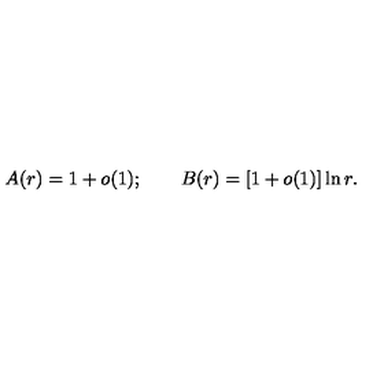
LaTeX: A ( r ) = 1 + o ( 1 ) ; \qquad B ( r ) = [ 1 + o ( 1 ) ] \ln r .